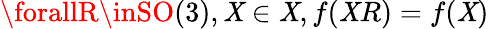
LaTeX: \forallR\inSO(3),\mathit{X}\in\mathcal{{\mathit{X}}},f(\mathit{X}R)=f(\mathit{X})